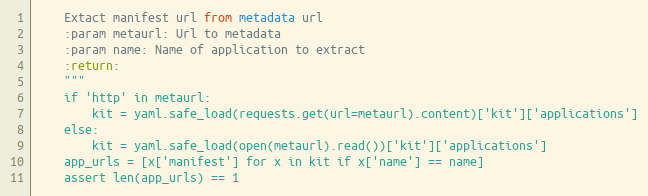
Language: Python
    Extact manifest url from metadata url
    :param metaurl: Url to metadata
    :param name: Name of application to extract
    :return:
    """
    if 'http' in metaurl:
        kit = yaml.safe_load(requests.get(url=metaurl).content)['kit']['applications']
    else:
        kit = yaml.safe_load(open(metaurl).read())['kit']['applications']
    app_urls = [x['manifest'] for x in kit if x['name'] == name]
    assert len(app_urls) == 1